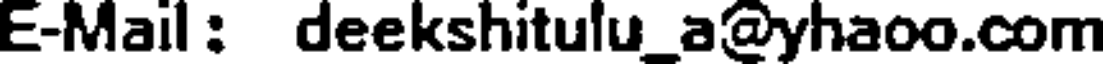
E-Mail: deekshitulu_a@yhaoo.com